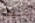
عليم